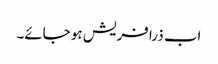
اب ذرا فریش ہو جائے۔